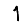
Digit: 1